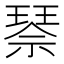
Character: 𰢌